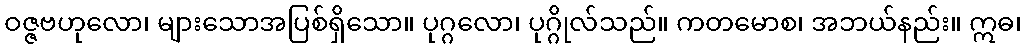
ဝဇ္ဇဗဟုလော၊ များသောအပြစ်ရှိသော။ ပုဂ္ဂလော၊ ပုဂ္ဂိုလ်သည်။ ကတမောစ၊ အဘယ်နည်း။ ဣဓ၊